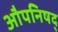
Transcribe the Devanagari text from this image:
औपनिषद्